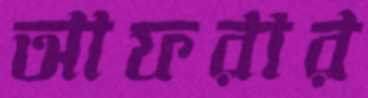
আফরার